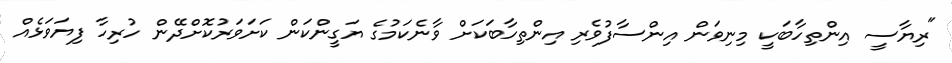
"ރިޔާސީ އިންތިހާބަކީ މިނިވަން އިންސާފުވެރި އިންތިހާބަކަށް ވާނެކަމުގެ ޔަގީންކަން ކަށަވަރުކޮށްދޭން ހުރިހާ ފިޔަވަޅެއް